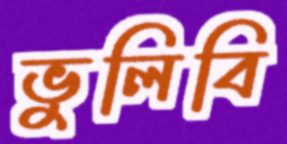
ভুলিবি